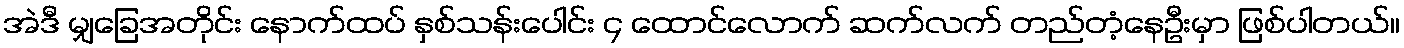
အဲဒီ မျှခြေအတိုင်း နောက်ထပ် နှစ်သန်းပေါင်း ၄ ထောင်လောက် ဆက်လက် တည်တံ့နေဦးမှာ ဖြစ်ပါတယ်။